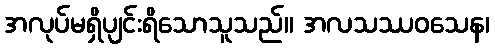
အလုပ်မရှိပျင်းရိသောသူသည်။ အလသဿဝသေန၊